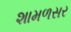
શામળસર